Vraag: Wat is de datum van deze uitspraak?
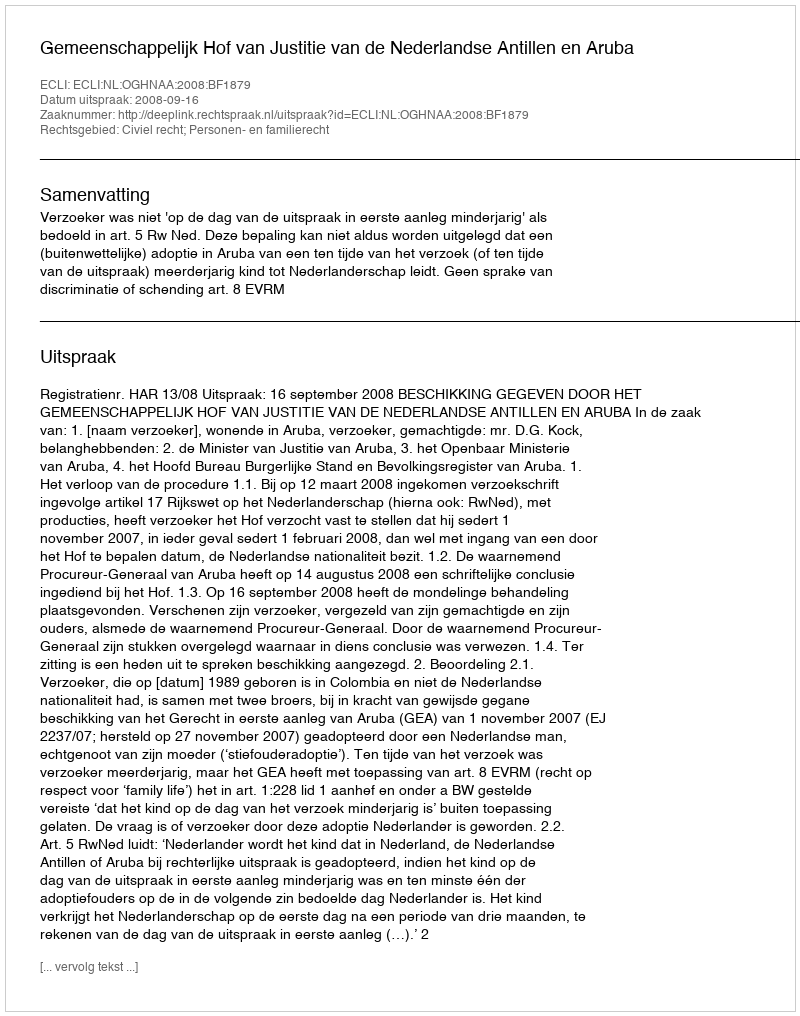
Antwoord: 2008-09-16